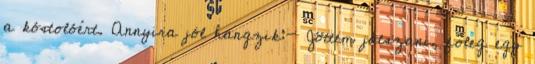
a kóstolóért. Annyira jól hangzik:- Jöttem játszani, főleg egy